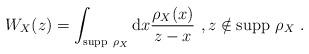
LaTeX: \begin{align*}W_X(z)=\int_{\mathrm{supp}\ \rho_X}\mathrm{d}x\frac{\rho_X(x)}{z-x}\ ,z\notin\mathrm{supp}\ \rho_X\ .\end{align*}